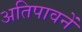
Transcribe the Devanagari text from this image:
अतिपावनें